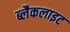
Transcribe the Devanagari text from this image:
ब्लैकलाइट